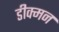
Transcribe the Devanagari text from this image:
डीक्मन